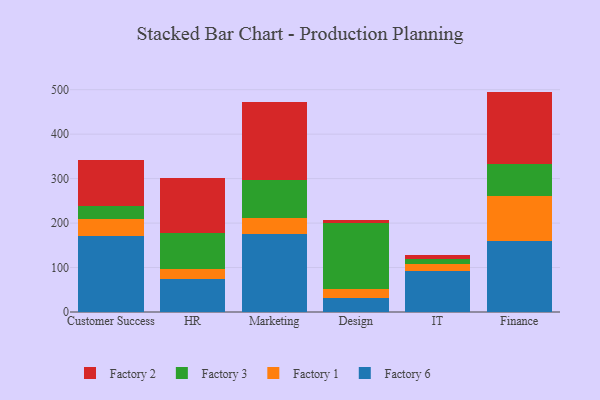
{"axis": {"x": "Department", "y": "Shipments"}, "legend": ["Factory 1", "Factory 2", "Factory 3", "Factory 6"], "data": [{"x": "Customer Success", "y": 170.4, "type": "Factory 6"}, {"x": "Customer Success", "y": 39.1, "type": "Factory 1"}, {"x": "Customer Success", "y": 29.8, "type": "Factory 3"}, {"x": "Customer Success", "y": 101.9, "type": "Factory 2"}, {"x": "HR", "y": 73.9, "type": "Factory 6"}, {"x": "HR", "y": 22.4, "type": "Factory 1"}, {"x": "HR", "y": 82.3, "type": "Factory 3"}, {"x": "HR", "y": 123.9, "type": "Factory 2"}, {"x": "Marketing", "y": 174.8, "type": "Factory 6"}, {"x": "Marketing", "y": 37.3, "type": "Factory 1"}, {"x": "Marketing", "y": 84.9, "type": "Factory 3"}, {"x": "Marketing", "y": 174.7, "type": "Factory 2"}, {"x": "Design", "y": 31.4, "type": "Factory 6"}, {"x": "Design", "y": 19.4, "type": "Factory 1"}, {"x": "Design", "y": 148.5, "type": "Factory 3"}, {"x": "Design", "y": 6.9, "type": "Factory 2"}, {"x": "IT", "y": 92.4, "type": "Factory 6"}, {"x": "IT", "y": 15.7, "type": "Factory 1"}, {"x": "IT", "y": 10.3, "type": "Factory 3"}, {"x": "IT", "y": 10.3, "type": "Factory 2"}, {"x": "Finance", "y": 158.7, "type": "Factory 6"}, {"x": "Finance", "y": 103.1, "type": "Factory 1"}, {"x": "Finance", "y": 71.1, "type": "Factory 3"}, {"x": "Finance", "y": 162.8, "type": "Factory 2"}]}